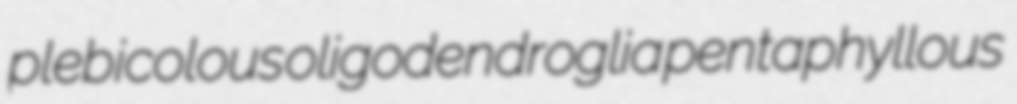
plebicolous oligodendroglia pentaphyllous